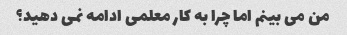
من می بینم اما چرا به کار معلمی ادامه نمی دهید؟